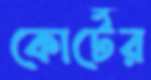
কোর্টের